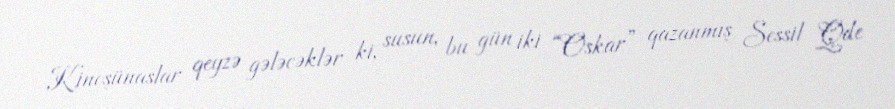
Kinoşünaslar qeyzə gələcəklər ki, susun, bu gün iki “Oskar” qazanmış Sessil Qde